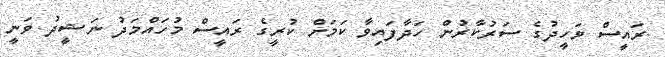
ރައީސް ވަހީދުގެ ސަރުކާރުން ހަދާފައިވާ ކަމަށް ކުރީގެ ރައީސް މުހައްމަދު ނަޝީދު ވަނީ